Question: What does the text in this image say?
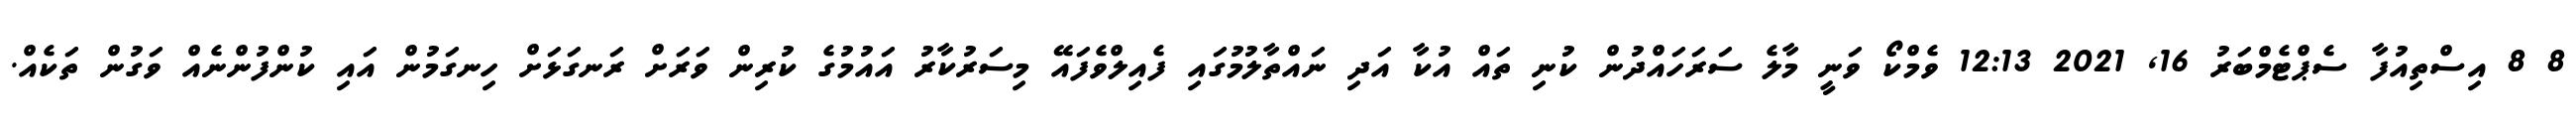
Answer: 8 8 އިސްތިއުފާ ސެޕްޓެމްބަރު 16, 2021 12:13 ވެމްކޯ ވަނީ މާލެ ސަރަހައްދުން ކުނި ތައް އުކާ އަދި ނައްތާލުމުގައި ފެއިލްވެފައޭ މިސަރުކާރު އައުމުގެ ކުރިން ވަރަށް ރަނގަޅަށް ހިނގަމުން އައި ކުންފުންނެއް ވަގުން ތަކެއް.